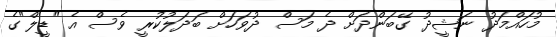
މުހައްމަދު ނަޝީދު ގޭބަންދަށް ދެ މަސް ދުވަހަށް ބަދަލުކުރީ ވެސް އެ "ޑީލް"ގެ